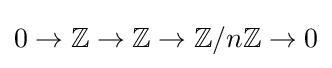
0\to \mathbb {Z} \to \mathbb {Z} \to \mathbb {Z} /n\mathbb {Z} \to 0